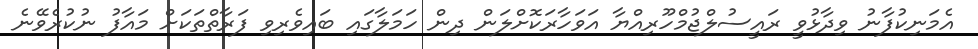
އެމަނިކުފާނު ވިދާޅުވީ ރައީސުލްޖުމްހޫރިއްޔާ އަވަހާރަކޮށްލަން ދިން ހަމަލާގައި ބައިވެރިވި ފަރާތްތަކަށް މައާފު ނުކުރެވޭނެ